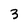
Character: 3